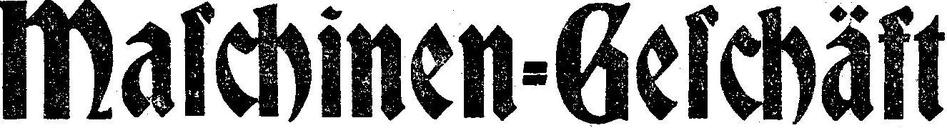
Malchinen=Geschäft